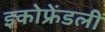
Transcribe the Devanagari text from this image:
इकोफ्रेंडली